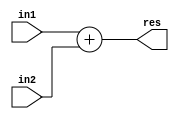
`timescale 1ns / 1ps
//////////////////////////////////////////////////////////////////////////////////
// Company: 
// Engineer: 
// 
// Create Date:    
// Design Name: 
// Module Name:    RCA_N16 
// Project Name: 
// Target Devices: 
// Tool versions: 
// Description: 
//
// Dependencies: 
//
// Revision: 
// Revision 0.01 - File Created
// Additional Comments: 
//
//////////////////////////////////////////////////////////////////////////////////
module RCA_N16(
    input [15:0] in1,
    input [15:0] in2,
    output [16:0] res
    );

assign res[16:0] = in1[15:0] + in2[15:0];

endmodule